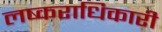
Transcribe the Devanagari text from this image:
लष्कराधिकारी